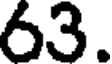
63.